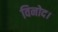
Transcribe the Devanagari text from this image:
विनोद।